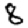
Digit: 8